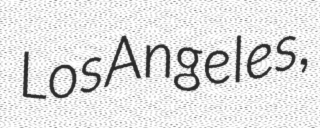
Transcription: Los Angeles,